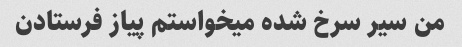
من سیر سرخ شده میخواستم پیاز فرستادن